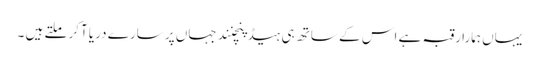
یہاں ہمارا رقبہ ہے اس کے ساتھ ہی ہیڈ پنچنند جہاں پر سارے دریا آکر ملتے ہیں ۔